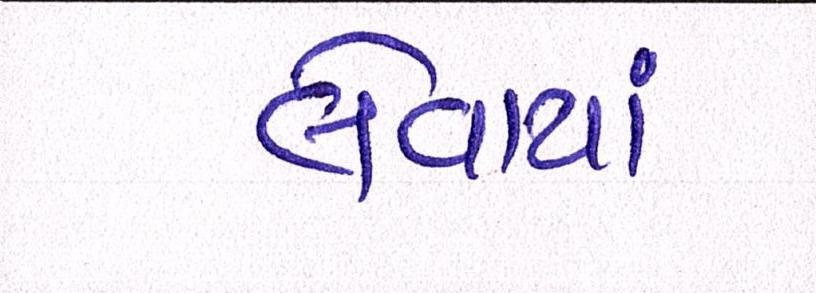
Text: લેવાયાં